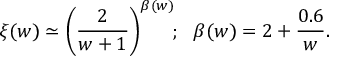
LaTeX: \xi ( w ) \simeq \bigg ( { \frac { 2 } { w + 1 } } \bigg ) ^ { \beta ( w ) } \! ; ~ ~ \beta ( w ) = 2 + { \frac { 0 . 6 } { w } } .